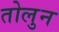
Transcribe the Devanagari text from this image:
तोलुन